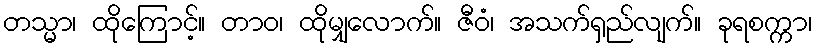
တသ္မာ၊ ထိုကြောင့်။ တာဝ၊ ထိုမျှလောက်။ ဇီဝံ၊ အသက်ရှည်လျက်။ ခုရစက္ကာ၊